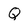
Character: Q